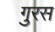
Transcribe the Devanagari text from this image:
गुरस